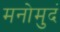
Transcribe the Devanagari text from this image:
मनोमुदं